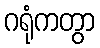
ဂရုံကတွာ